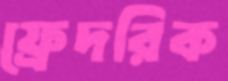
ফ্রেদরিক